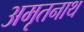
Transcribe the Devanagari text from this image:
अमृतनाथ